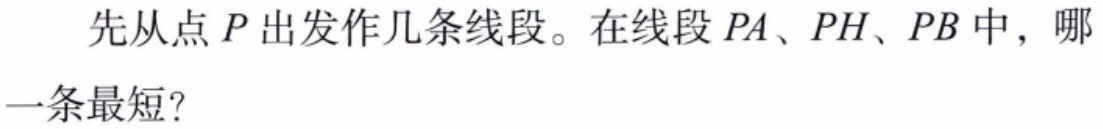
先从点\(P\)出发作几条线段。在线段 \(PA\)、\(PH\)、\(PB\) 中，哪一条最短？